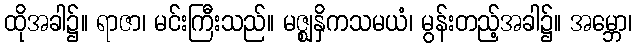
ထိုအခါ၌။ ရာဇာ၊ မင်းကြီးသည်။ မဇ္ဈနှိကသမယံ၊ မွန်းတည့်အခါ၌။ အမ္ဘော၊